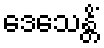
ဒေသေန္တိံ